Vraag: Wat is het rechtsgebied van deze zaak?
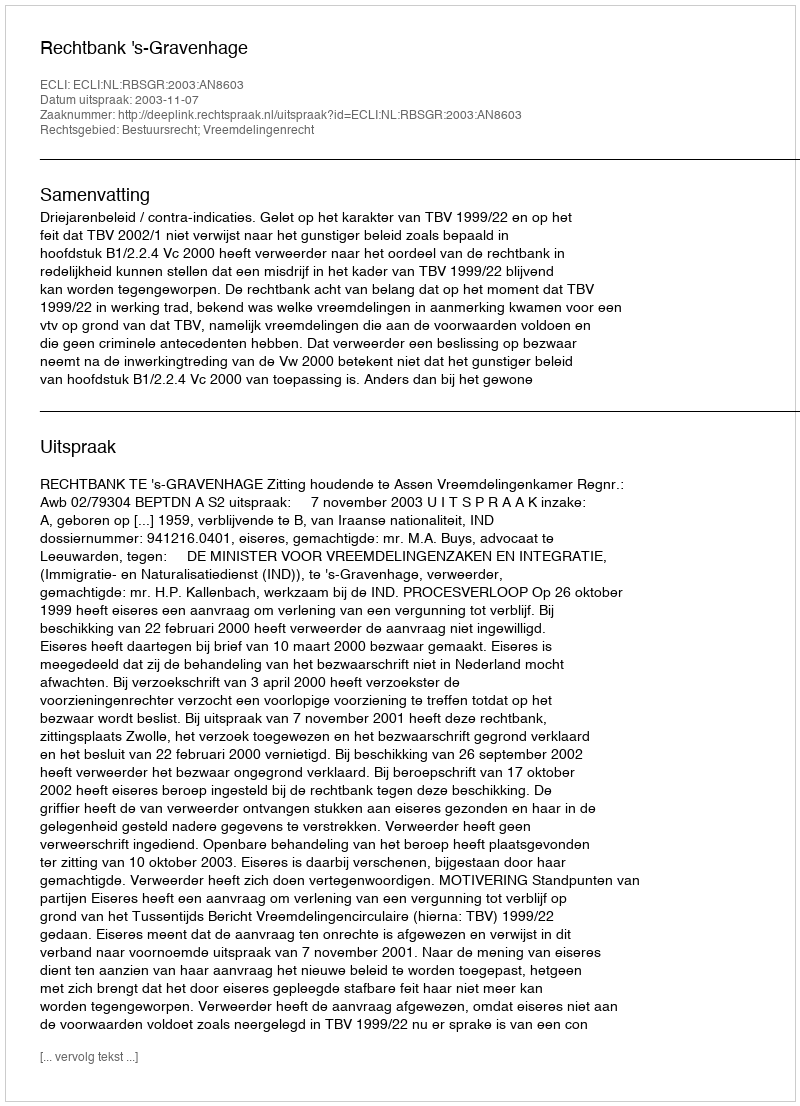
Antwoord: Bestuursrecht; Vreemdelingenrecht